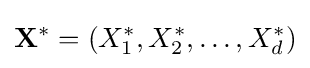
\mathbf {X} ^{*}=\left(X_{1}^{*},X_{2}^{*},\dots ,X_{d}^{*}\right)